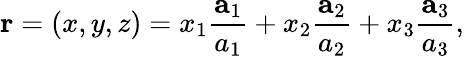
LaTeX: \mathbf{r}=(x,y,z)=x_{1}{\frac{\mathbf{a}_{1}}{a_{1}}}+x_{2}{\frac{\mathbf{a}_{2}}{a_{2}}}+x_{3}{\frac{\mathbf{a}_{3}}{a_{3}}},